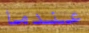
عندما